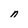
Character: n